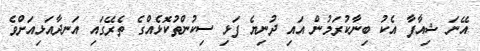
އޭނަ ޝިއާފާ އެކު ބިނާކުރަމުން އައި ދުނިޔެ ފަޅި ސިކުންތުކޮޅެއްގެ ތެރޭގައި އަނދާއަޅިއަށްވެ